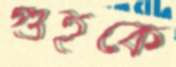
গুহকে